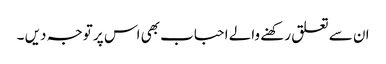
ان سے تعلق رکھنے والے احباب بھی اس پر توجہ دیں ۔